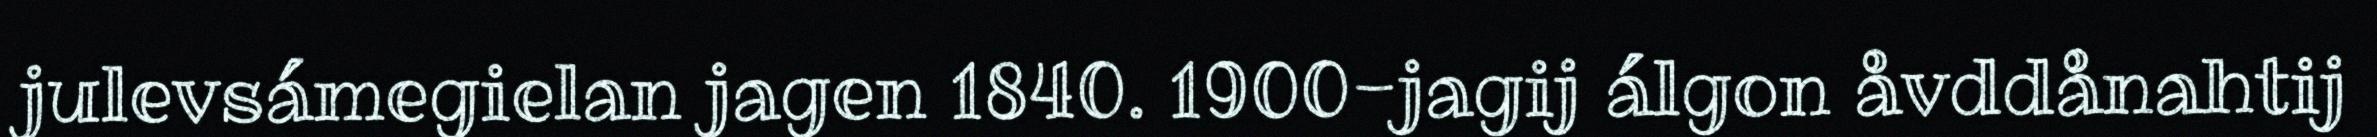
julevsámegielan jagen 1840. 1900-jagij álgon åvddånahtij